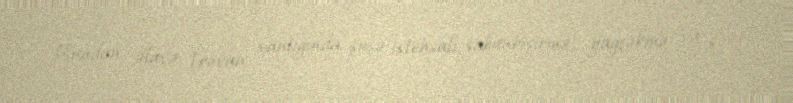
Bundan əlavə, İrəvan xanlığında şüşə istehsalı, sabunbişirmə, yağçəkmə və s.